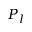
P _ { l }